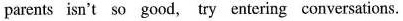
parents isn't so good, try entering conversations.